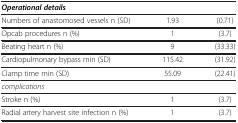
| Operational details |  |  |
 | --- | --- | --- |
 | Numbers of anastomosed vessels n (SD) | 1.93 | (0.71) |
 | Opcab procedures n (%) | 1 | (3.7) |
 | Beating heart n (%) | 9 | (33.33) |
 | Cardiopulmonary bypass min (SD) | 115.42 | (31.92) |
 | Clamp time min (SD) | 55.09 | (22.41) |
 | complications |  |  |
 | Stroke n (%) | 1 | (3.7) |
 | Radial artery harvest site infection n (%) | 1 | (3.7) |